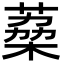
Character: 𮐟